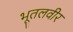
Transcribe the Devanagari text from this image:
भूतलवीर